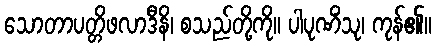
သောတာပတ္တိဖလာဒီနိ၊ စသည်တို့ကို။ ပါပုဏိံသု၊ ကုန်၏။